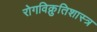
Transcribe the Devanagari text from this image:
रोगविक्रुतिशास्त्र